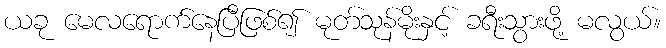
ယခု မေလရောက်နေပြီဖြစ်၍ မုတ်သုန်မိုးနှင့် ခရီးသွားဖို့ မလွယ်။